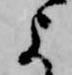
よ